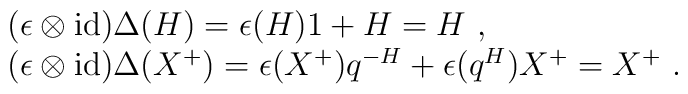
\begin{array}{rcl}& &(\epsilon\otimes{\rm id})\Delta(H)=\epsilon(H)1+H=H~,\\& &(\epsilon\otimes{\rm id})\Delta(X^+)=\epsilon(X^+)q^{-H}+\epsilon(q^{H})X^+=X^+~.\end{array}